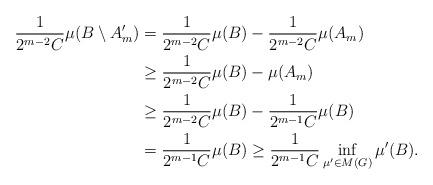
LaTeX: \begin{align*}\frac{1}{2^{m-2}C} \mu (B\setminus A_m') & = \frac{1}{2^{m-2}C} \mu (B) - \frac{1}{2^{m-2}C} \mu(A_m) \\& \ge \frac{1}{2^{m-2}C} \mu (B) - \mu(A_m)\\& \ge \frac{1}{2^{m-2}C} \mu (B) - \frac{1}{2^{m-1}C} \mu (B)\\& = \frac{1}{2^{m-1}C} \mu (B) \ge \frac{1}{2^{m-1}C}\inf_{\mu' \in M(G)} \mu' (B).\end{align*}